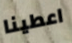
اعطينا